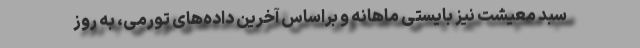
سبد معیشت نیز بایستی ماهانه و براساس آخرین داده‌های تورمی، به روز